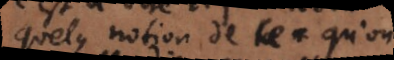
quelque notion de ce qu’on